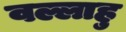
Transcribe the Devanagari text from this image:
वल्लाहु